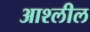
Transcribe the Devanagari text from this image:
आश्लील